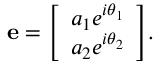
\mathbf { e } = { \left[ \begin{array} { l } { a _ { 1 } e ^ { i \theta _ { 1 } } } \\ { a _ { 2 } e ^ { i \theta _ { 2 } } } \end{array} \right] } .